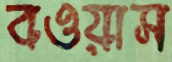
বওয়াস